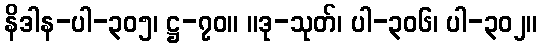
နိဒါန-ပါ-၃၀၅၊ ဋ္ဌ-၇၀။ ။ဒု-သုတ်၊ ပါ-၃၀၆၊ ပါ-၃၀၂။